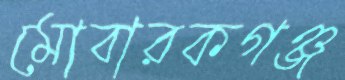
মোবারকগঞ্জ